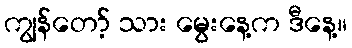
ကျွန်တော့် သား မွေးနေ့က ဒီနေ့။